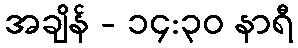
အချိန် - ၁၄:၃၀ နာရီ